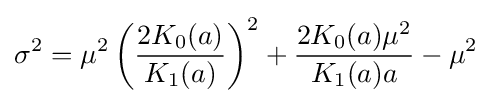
\sigma ^{2}=\mu ^{2}\left({\frac {2K_{0}(a)}{K_{1}(a)}}\right)^{2}+{\frac {2K_{0}(a)\mu ^{2}}{K_{1}(a)a}}-\mu ^{2}